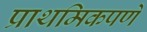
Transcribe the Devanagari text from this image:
प्राथमिकपणे